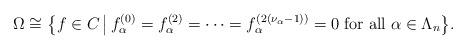
LaTeX: \begin{align*} \Omega \cong \bigl\{f \in C \,\big|\, f^{(0)}_\alpha = f^{(2)}_\alpha = \dots = f^{(2(\nu_\alpha-1))}_{\alpha} = 0 \; \mbox{\rm for all} \; \alpha \in \Lambda_n\bigr\}.\end{align*}